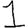
Digit: 1